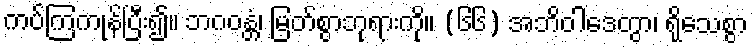
ကပ်ကြကုန်ပြီး၍။ ဘဂဝန္တံ၊ မြတ်စွာဘုရားကို။ (၆၆) အဘိဝါဒေတွာ၊ ရိုသေစွာ